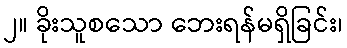
၂။ ခိုးသူစသော ဘေးရန်မရှိခြင်း၊